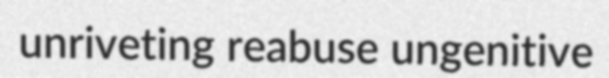
unriveting reabuse ungenitive